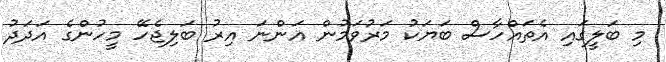
މި ބަލީގައި އެތައްހާސް ބަޔަކު މަރުވަމުން އަންނަ އިރު ބަލިޖެހޭ މީހުންގެ އަދަދު